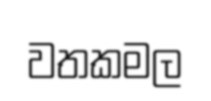
වතකමල